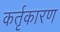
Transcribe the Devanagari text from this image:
कर्तृकारण